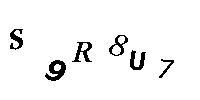
S9R8U7